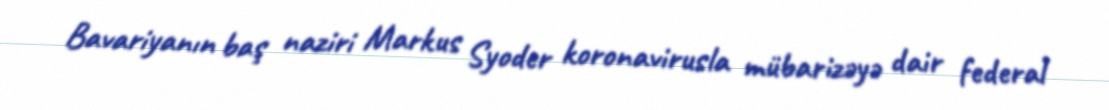
Bavariyanın baş naziri Markus Syoder koronavirusla mübarizəyə dair federal